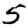
Digit: 5